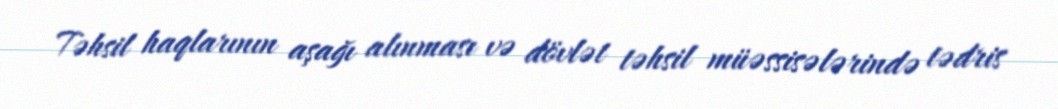
Təhsil haqlarının aşağı alınması və dövlət təhsil müəssisələrində tədris